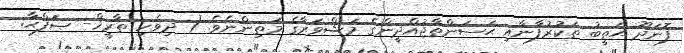
ފޮނަދޫ ޙަޠީބު ތަކުރުފާނާއި ޙަސަންތާޖުއްދީންގެ މަޝްވަރާގެ މަތިންނެވެ. ( ދިވެހި ތާރީޚް- ޞަފްޙާ: